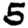
Digit: 5